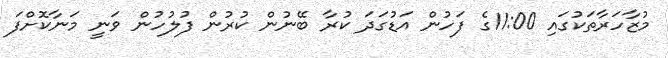
މުޒާހަރާތަކުގައި 11:00ގެ ފަހުން އަޑުގަދަ ކުރާ ބޭނުން ކުރުން ފުލުހުން ވަނީ މަނާކޮށްފަ